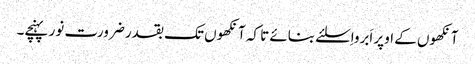
آنکھوں کے اوپر اَبرواِسلئے بنائے تا کہ آنکھوں تک بقدر ضرورت نور پہنچے۔